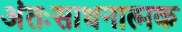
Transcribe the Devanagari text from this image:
अंतःसाधनात्मक